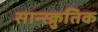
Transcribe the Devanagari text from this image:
सान्स्क्रुतिक